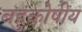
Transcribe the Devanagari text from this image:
बहुकोषीय